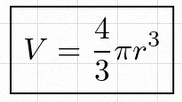
V=\frac43\pi r^3